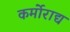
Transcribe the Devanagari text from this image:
कर्मोराद्य